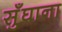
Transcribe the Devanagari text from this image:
सुँघाना